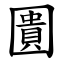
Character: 圚